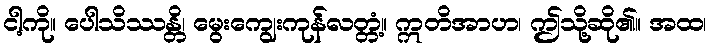
ငါ့ကို။ ပေါသိဿန္တိ၊ မွေးကျွေးကုန်လတ္တံ့။ ဣတိအာဟ၊ ဤသို့ဆို၏။ အထ၊